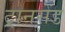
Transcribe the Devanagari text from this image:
ट्रानसेंड